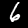
Label: 6